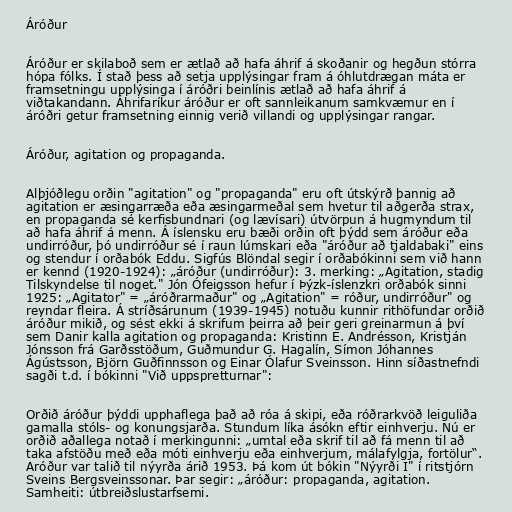
Áróður

Áróður er skilaboð sem er ætlað að hafa áhrif á skoðanir og hegðun stórra
hópa fólks. Í stað þess að setja upplýsingar fram á óhlutdrægan máta er
framsetningu upplýsinga í áróðri beinlínis ætlað að hafa áhrif á
viðtakandann. Áhrifaríkur áróður er oft sannleikanum samkvæmur en í
áróðri getur framsetning einnig verið villandi og upplýsingar rangar.

Áróður, agitation og propaganda.

Alþjóðlegu orðin "agitation" og "propaganda" eru oft útskýrð þannig að
agitation er æsingarræða eða æsingarmeðal sem hvetur til aðgerða strax,
en propaganda sé kerfisbundnari (og lævísari) útvörpun á hugmyndum til
að hafa áhrif á menn. Á íslensku eru bæði orðin oft þýdd sem áróður eða
undirróður, þó undirróður sé í raun lúmskari eða "áróður að tjaldabaki" eins
og stendur í orðabók Eddu. Sigfús Blöndal segir í orðabókinni sem við hann
er kennd (1920-1924): „áróður (undirróður): 3. merking: „Agitation, stadig
Tilskyndelse til noget." Jón Ófeigsson hefur í Þýzk-íslenzkri orðabók sinni
1925: „Agitator" = „áróðrarmaður" og „Agitation" = róður, undirróður" og
reyndar fleira. Á stríðsárunum (1939-1945) notuðu kunnir rithöfundar orðið
áróður mikið, og sést ekki á skrifum þeirra að þeir geri greinarmun á því
sem Danir kalla agitation og propaganda: Kristinn E. Andrésson, Kristján
Jónsson frá Garðsstöðum, Guðmundur G. Hagalín, Símon Jóhannes
Ágústsson, Björn Guðfinnsson og Einar Ólafur Sveinsson. Hinn síðastnefndi
sagði t.d. í bókinni "Við uppspretturnar":

Orðið áróður þýddi upphaflega það að róa á skipi, eða róðrarkvöð leiguliða
gamalla stóls- og konungsjarða. Stundum líka ásókn eftir einhverju. Nú er
orðið aðallega notað í merkingunni: „umtal eða skrif til að fá menn til að
taka afstöðu með eða móti einhverju eða einhverjum, málafylgja, fortölur“.
Aróður var talið til nýyrða árið 1953. Þá kom út bókin "Nýyrði I" í ritstjórn
Sveins Bergsveinssonar. Þar segir: „áróður: propaganda, agitation.
Samheiti: útbreiðslustarfsemi.